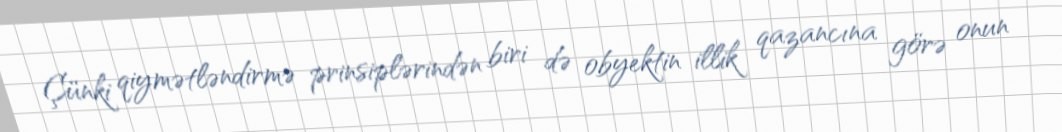
Çünki qiymətləndirmə prinsiplərindən biri də obyektin illik qazancına görə onun